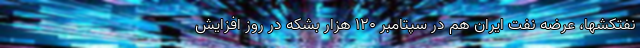
نفتکشها، عرضه نفت ایران هم در سپتامبر ۱۲۰ هزار بشکه در روز افزایش